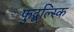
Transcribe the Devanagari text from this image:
फुद्बल्स्कि